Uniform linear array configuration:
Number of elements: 24
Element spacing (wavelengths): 1
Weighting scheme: binomial
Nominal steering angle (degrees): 15
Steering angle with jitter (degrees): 16.393
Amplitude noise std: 0.05
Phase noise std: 0.05

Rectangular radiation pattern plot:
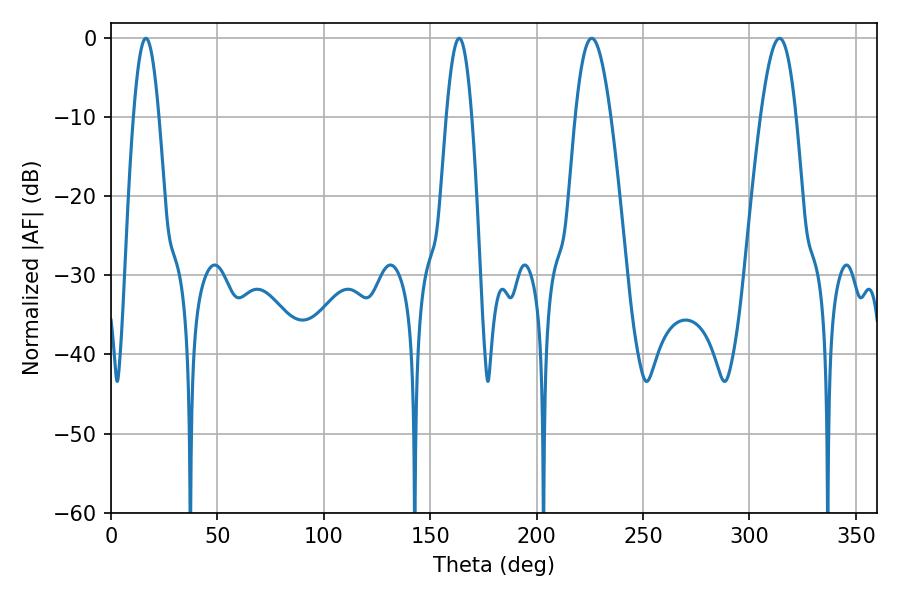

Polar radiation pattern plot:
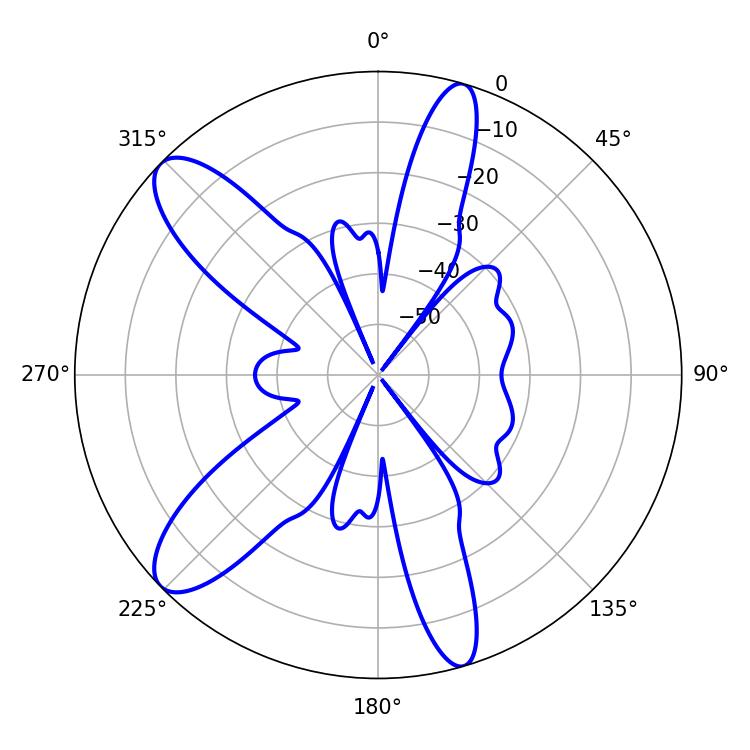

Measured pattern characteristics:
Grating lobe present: TRUE
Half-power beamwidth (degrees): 6.48
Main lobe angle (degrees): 163.62